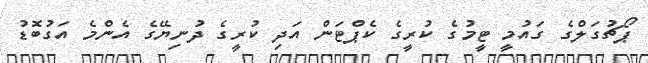
ޕޯޗުގަލްގެ ގައުމީ ޓީމުގެ ކުރީގެ ކެޕްޓަން އަދި ކުރީގެ ދުނިޔޭގެ އެންމެ އަގުބޮޑު